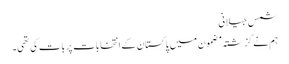
شمس جیلانی
ہم نے گزشتہ مضمون میں پاکستان کے انتخابات پر بات کی تھی۔